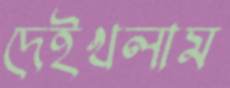
দেইখলাম